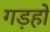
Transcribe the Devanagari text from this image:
गड़हों